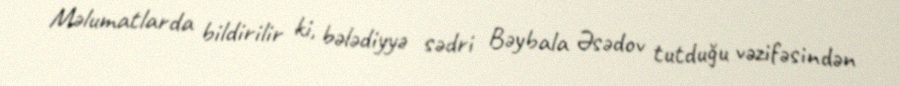
Məlumatlarda bildirilir ki, bələdiyyə sədri Bəybala Əsədov tutduğu vəzifəsindən